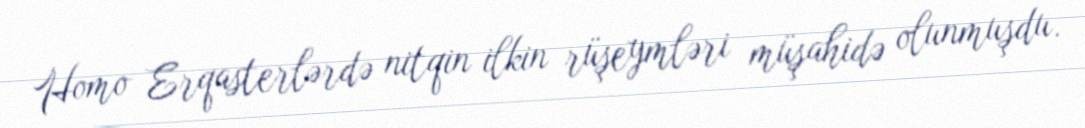
Homo Erqasterlərdə nitqin ilkin rüşeymləri müşahidə olunmuşdu.